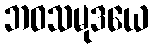
ဘဝသမုဒယေ